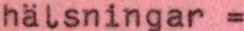
hälsningar =